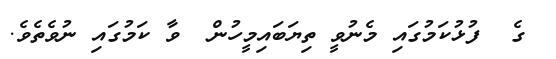
ގެ  ފުޅުކަމުގައި މެނުވީ ތިޔަބައިމީހުން  ވާ ކަމުގައި ނުވެތެވެ.